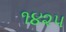
૧૪૨૫